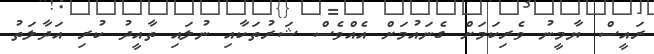
ރައީސް ޔާމީނު ވެރިކަަމަށް ގެނައުމަށް އެއްވެސް ޝަރުތަކާއި ނުލައި ތާއީދު ކުރި އަދާލަތު